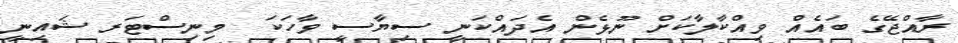
ރާއްޖޭގެ ބައެއް ވިއްކާލާކަށް ނޫޅެން އެދައްކަނީ ސިޔާސީ ވާހަކަ  މިނިސްޓަރ ޝައިނީ